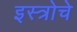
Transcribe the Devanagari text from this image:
इस्त्रोचे